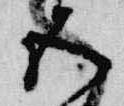
五